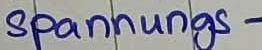
Text: spannungs-